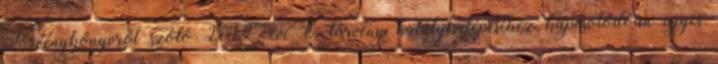
Törvénykönyvről szóló 2012. évi C. törvény hatálybalépéséhez kapcsolódóan egyes